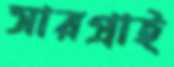
সারপ্রাই